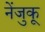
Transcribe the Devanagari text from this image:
नेंजुकू